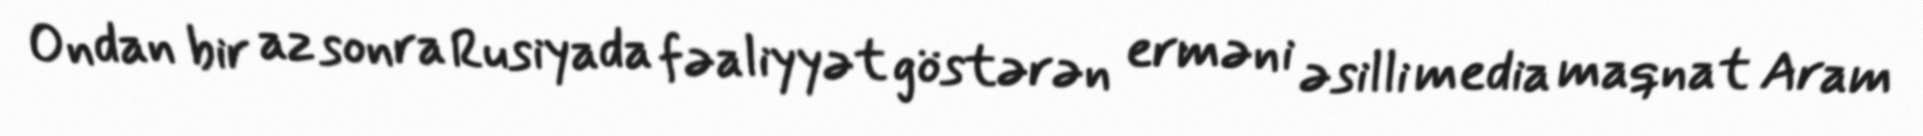
Ondan bir az sonra Rusiyada fəaliyyət göstərən erməni əsilli media maqnat Aram